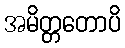
အမိတ္တတောပိ